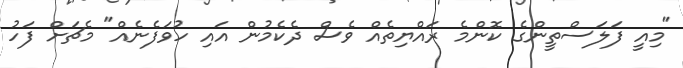
"މިއީ ފަލަސްތީންގެ ކޮންމެ ރައްޔިތެއް ވެސް ދެކެމުން އައި ހުވަފެނެއް" މެޗަށް ފަހު